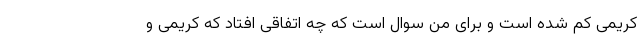
کریمی کم شده است و برای من سوال است که چه اتفاقی افتاد که کریمی و